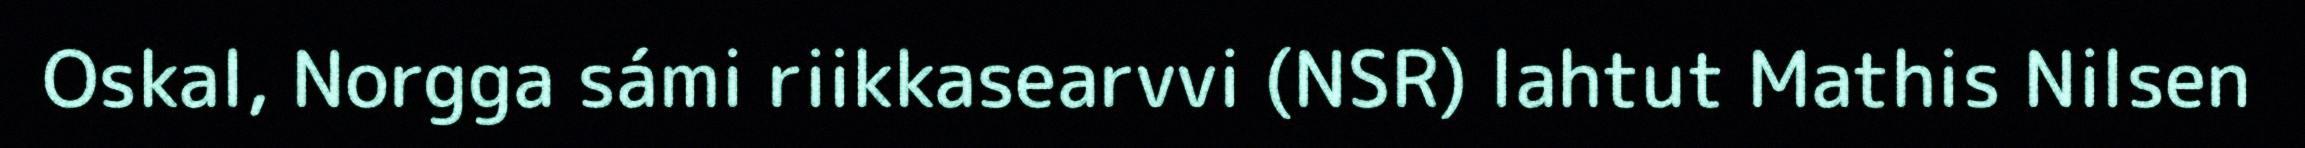
Oskal, Norgga sámi riikkasearvvi (NSR) lahtut Mathis Nilsen